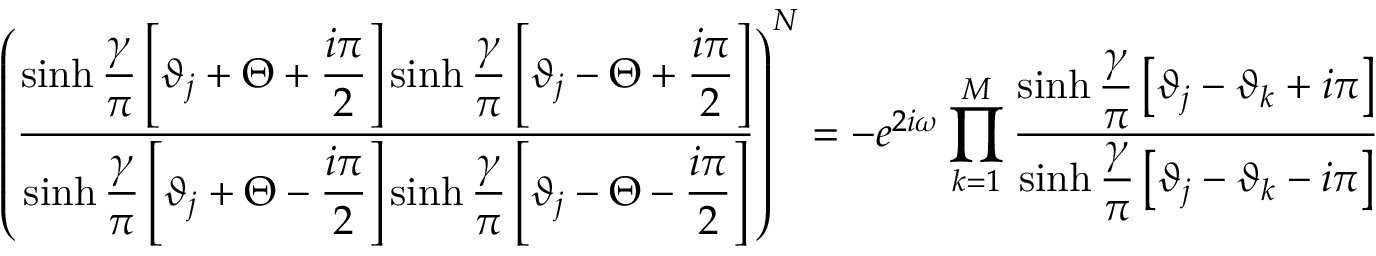
\left( \displaystyle \frac { \sinh \displaystyle \frac { \gamma } { \pi } \left[ \vartheta _ { j } + \Theta + \displaystyle \frac { i \pi } { 2 } \right] \sinh \displaystyle \frac { \gamma } { \pi } \left[ \vartheta _ { j } - \Theta + \displaystyle \frac { i \pi } { 2 } \right] } { \sinh \displaystyle \frac { \gamma } { \pi } \left[ \vartheta _ { j } + \Theta - \displaystyle \frac { i \pi } { 2 } \right] \sinh \displaystyle \frac { \gamma } { \pi } \left[ \vartheta _ { j } - \Theta - \displaystyle \frac { i \pi } { 2 } \right] } \right) ^ { N } = - e ^ { 2 i \omega } \prod _ { k = 1 } ^ { M } \displaystyle \frac { \sinh \displaystyle \frac { \gamma } { \pi } \left[ \vartheta _ { j } - \vartheta _ { k } + i \pi \right] } { \sinh \displaystyle \frac { \gamma } { \pi } \left[ \vartheta _ { j } - \vartheta _ { k } - i \pi \right] }